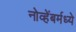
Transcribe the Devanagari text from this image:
नोव्हेंबर्मध्ये